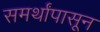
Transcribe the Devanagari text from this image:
समर्थांपासून